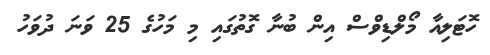
ހޮޓަލިއާ މޯލްޑިވްސް އިން ބުނާ ގޮތުގައި މި މަހުގެ 25 ވަނަ ދުވަހު